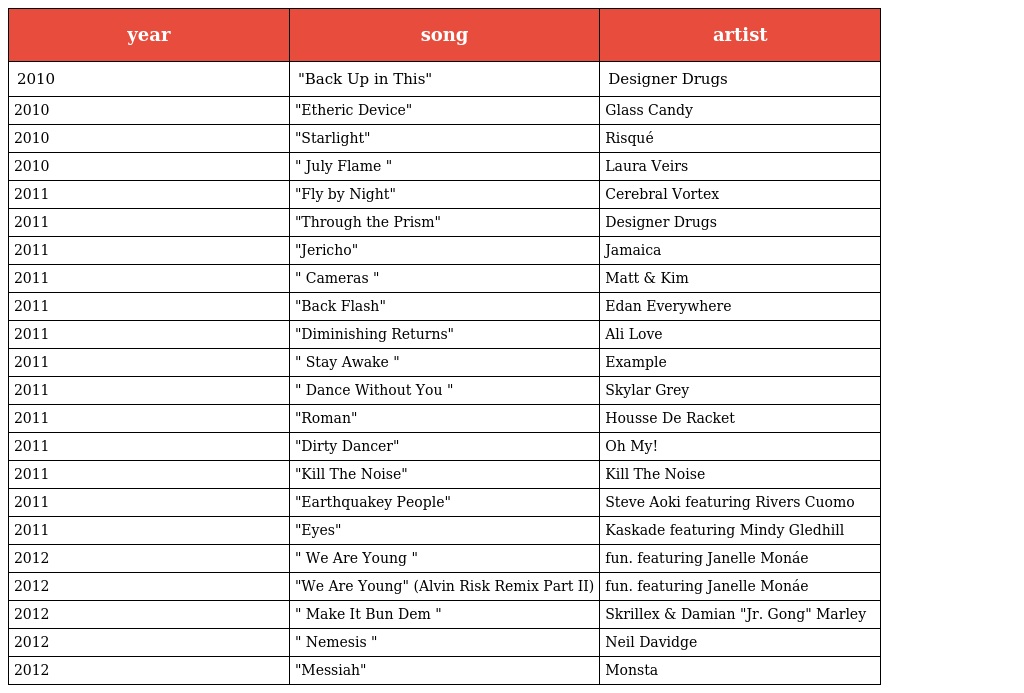
| year | song | artist |
 | --- | --- | --- |
 | 2010 | "Back Up in This" | Designer Drugs |
 | 2010 | "Etheric Device" | Glass Candy |
 | 2010 | "Starlight" | Risqué |
 | 2010 | " July Flame " | Laura Veirs |
 | 2011 | "Fly by Night" | Cerebral Vortex |
 | 2011 | "Through the Prism" | Designer Drugs |
 | 2011 | "Jericho" | Jamaica |
 | 2011 | " Cameras " | Matt & Kim |
 | 2011 | "Back Flash" | Edan Everywhere |
 | 2011 | "Diminishing Returns" | Ali Love |
 | 2011 | " Stay Awake " | Example |
 | 2011 | " Dance Without You " | Skylar Grey |
 | 2011 | "Roman" | Housse De Racket |
 | 2011 | "Dirty Dancer" | Oh My! |
 | 2011 | "Kill The Noise" | Kill The Noise |
 | 2011 | "Earthquakey People" | Steve Aoki featuring Rivers Cuomo |
 | 2011 | "Eyes" | Kaskade featuring Mindy Gledhill |
 | 2012 | " We Are Young " | fun. featuring Janelle Monáe |
 | 2012 | "We Are Young" (Alvin Risk Remix Part II) | fun. featuring Janelle Monáe |
 | 2012 | " Make It Bun Dem " | Skrillex & Damian "Jr. Gong" Marley |
 | 2012 | " Nemesis " | Neil Davidge |
 | 2012 | "Messiah" | Monsta |